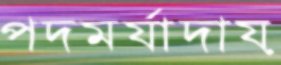
পদমর্যাদায়